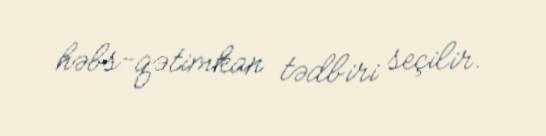
həbs-qətimkan tədbiri seçilir.